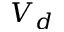
V _ { d }